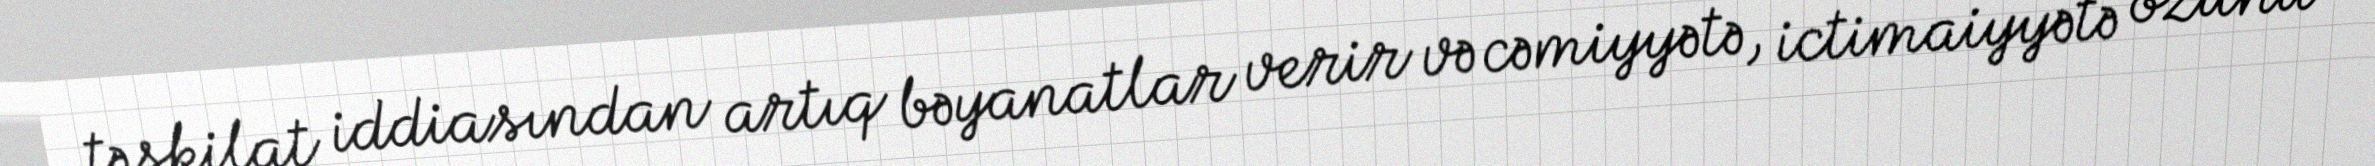
təşkilat iddiasından artıq bəyanatlar verir və cəmiyyətə, ictimaiyyətə özünü